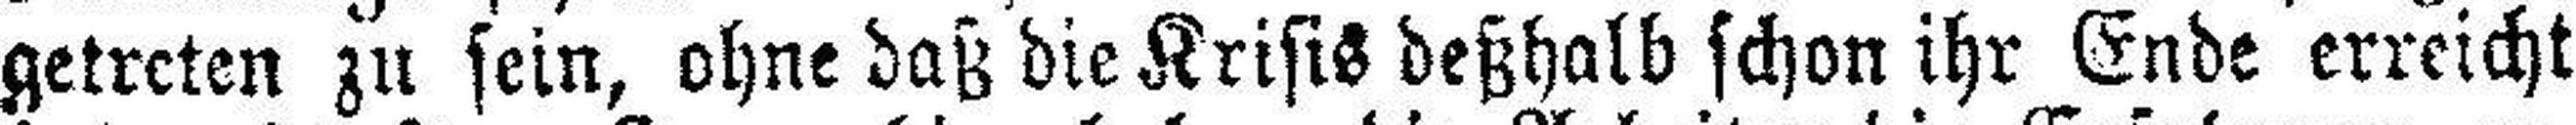
getreten zu sein, ohne daß die Krisis deßhalb schon ihr Ende erreicht